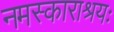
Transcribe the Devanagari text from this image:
नमस्काराश्रयः